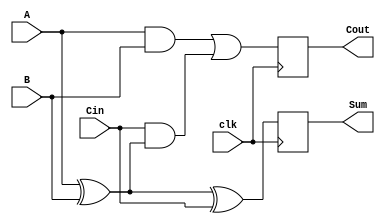
module dynamic_full_adder (
    input wire A,     // First input bit
    input wire B,     // Second input bit
    input wire Cin,   // Carry-in bit
    input wire clk,   // Clock signal
    output reg Sum,   // Sum output
    output reg Cout   // Carry-out output
);

    // Internal signals for intermediate calculations
    wire A_xor_B;

    // Compute A XOR B
    assign A_xor_B = A ^ B;

    always @(posedge clk) begin
        // Precharge phase (not explicitly represented here)
        // Evaluation phase
        Sum <= A_xor_B ^ Cin;                        // Sum = A XOR B XOR Cin
        Cout <= (A & B) | (Cin & A_xor_B);          // Cout = (A AND B) OR (Cin AND (A XOR B))
    end

endmodule